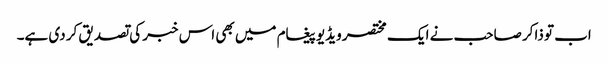
اب تو ذاکر صاحب نے ایک مختصر ویڈیو پیغام میں بھی اس خبر کی تصدیق کر دی ہے۔